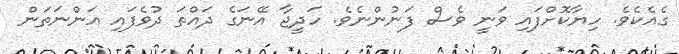
ގެއެކެވެ. ހިޔާކޮށްފައި ވަނީ ވެސް ފަނުންނެވެ. ހަދީޖާ އޭނަގެ ދައްތަ ދުވެފައި އަންނަތަން